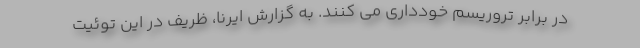
در برابر تروریسم خودداری می کنند. به گزارش ایرنا، ظریف در این توئیت